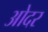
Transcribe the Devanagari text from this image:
ओदर